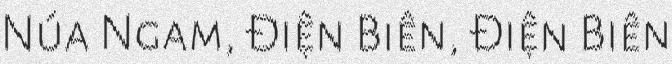
Núa Ngam, Điện Biên, Điện Biên